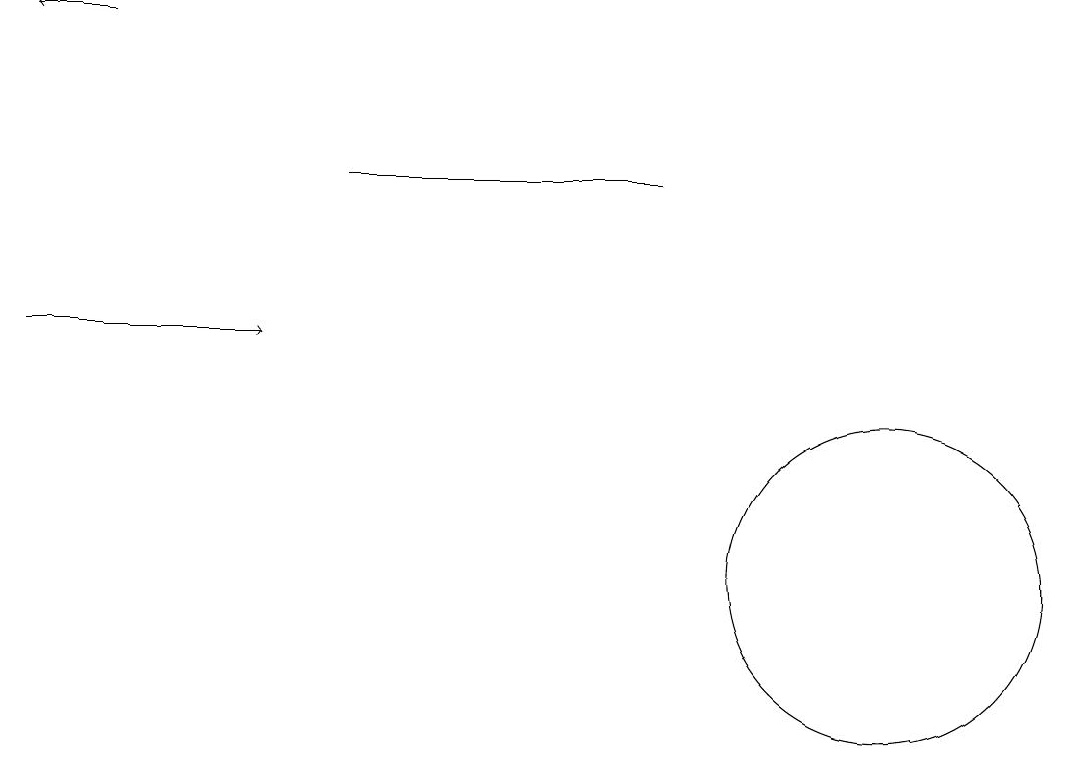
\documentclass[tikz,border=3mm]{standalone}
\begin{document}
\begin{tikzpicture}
\draw (11,11) circle (2);
\draw[->] (0,14) -- (3,14);
\draw (4,16) rectangle (8,16);
\draw[->] (1,18) -- (0,18);
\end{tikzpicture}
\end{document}